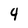
Character: 4